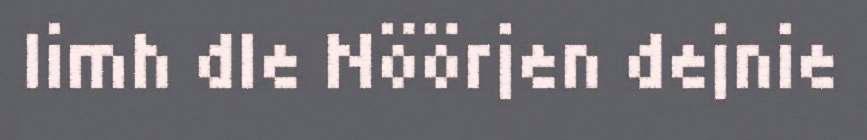
limh dle Nöörjen dejnie